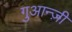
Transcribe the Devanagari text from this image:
गुआन्ज़ी